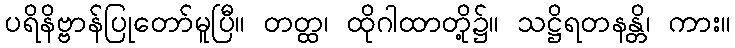
ပရိနိဗ္ဗာန်ပြုတော်မူပြီ။ တတ္ထ၊ ထိုဂါထာတို့၌။ သဋ္ဌိရတနန္တိ၊ ကား။